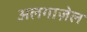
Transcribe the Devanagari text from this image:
अलगाज़ेल